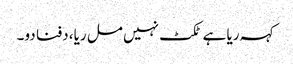
کہہ ریا ہے ٹکٹ نہیں مل ریا، دفنا دو۔